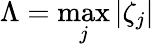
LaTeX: \Lambda=\operatorname*{max}_{j}|\zeta_{j}|